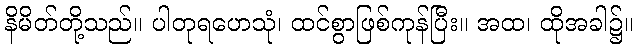
နိမိတ်တို့သည်။ ပါတုရဟေသုံ၊ ထင်စွာဖြစ်ကုန်ပြီး။ အထ၊ ထိုအခါ၌။